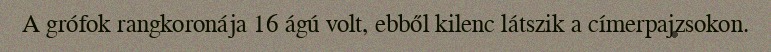
A grófok rangkoronája 16 ágú volt, ebből kilenc látszik a címerpajzsokon.